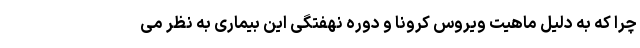
چرا که به دلیل ماهیت ویروس کرونا و دوره نهفتگی این بیماری به نظر می